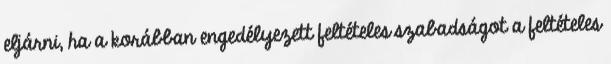
eljárni, ha a korábban engedélyezett feltételes szabadságot a feltételes